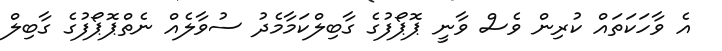
އެ ވާހަކަތައް ކުރިން ވެސް ވާނީ ޕޮޕޯފުގެ ގާބިލްކަމާމެދު ސުވާލެއް ނެތްޕޮޕޯފުގެ ގާބިލް